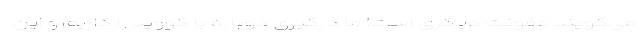
می‌گویند عفونت دیگری است! ما درگیری دوباره با کووید را داریم و این